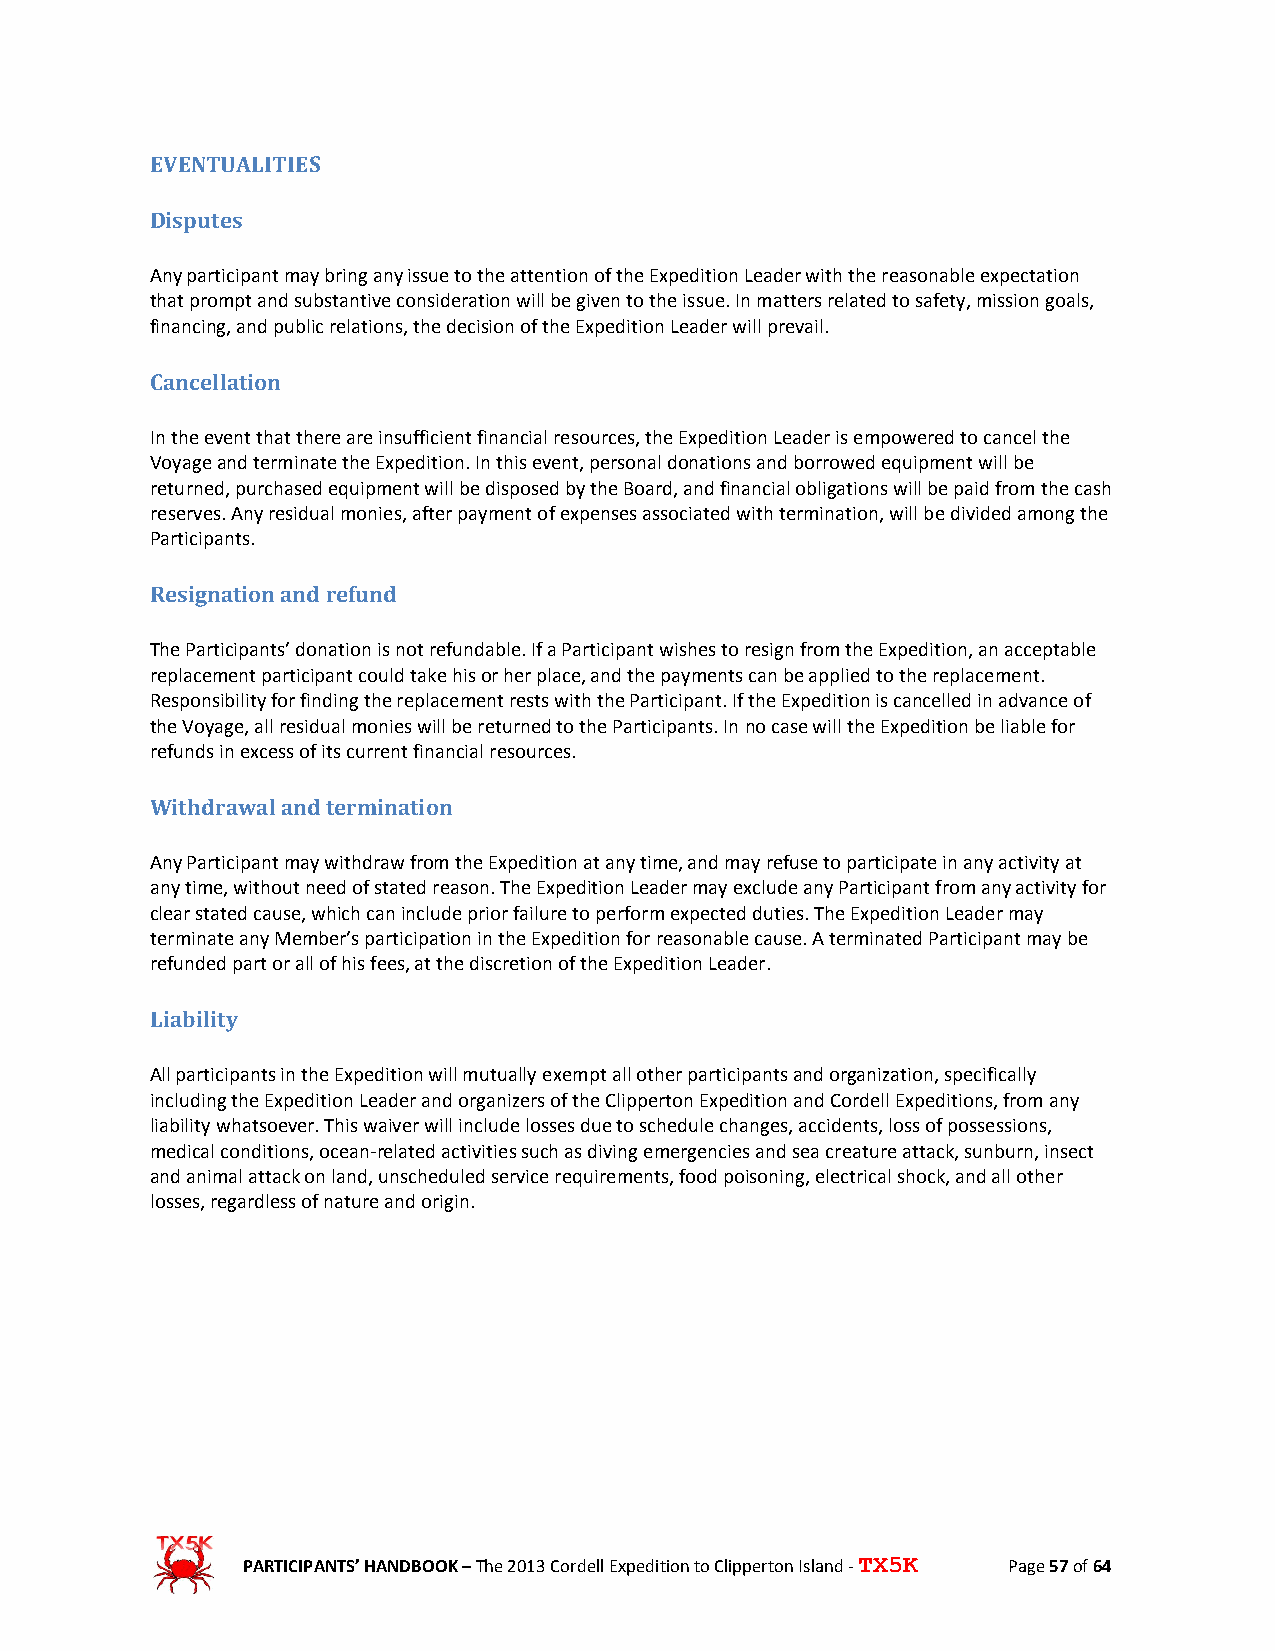
EVENTUALITIES
 Disputes
 Any participant may bring any issue to the attention of the Expedition Leader with the reasonable expectation
 that prompt and substantive consideration will be given to the issue. In matters related to safety, mission goals,
 financing, and public relations, the decision of the Expedition Leader will prevail.
 Cancellation
 In the event that there are insufficient financial resources, the Expedition Leader is empowered to cancel the
 Voyage and terminate the Expedition. In this event, personal donations and borrowed equipment will be
 returned, purchased equipment will be disposed by the Board, and financial obligations will be paid from the cash
 reserves. Any residual monies, after payment of expenses associated with termination, will be divided among the
 Participants.
 Resignation and refund
 The Participants’ donation is not refundable. If a Participant wishes to resign from the Expedition, an acceptable
 replacement participant could take his or her place, and the payments can be applied to the replacement.
 Responsibility for finding the replacement rests with the Participant. If the Expedition is cancelled in advance of
 the Voyage, all residual monies will be returned to the Participants. In no case will the Expedition be liable for
 refunds in excess of its current financial resources.
 Withdrawal and termination
 Any Participant may withdraw from the Expedition at any time, and may refuse to participate in any activity at
 any time, without need of stated reason. The Expedition Leader may exclude any Participant from any activity for
 clear stated cause, which can include prior failure to perform expected duties. The Expedition Leader may
 terminate any Member’s participation in the Expedition for reasonable cause. A terminated Participant may be
 refunded part or all of his fees, at the discretion of the Expedition Leader.
 Liability
 All participants in the Expedition will mutually exempt all other participants and organization, specifically
 including the Expedition Leader and organizers of the Clipperton Expedition and Cordell Expeditions, from any
 liability whatsoever. This waiver will include losses due to schedule changes, accidents, loss of possessions,
 medical conditions, ocean-related activities such as diving emergencies and sea creature attack, sunburn, insect
 and animal attack on land, unscheduled service requirements, food poisoning, electrical shock, and all other
 losses, regardless of nature and origin.
 PARTICIPANTS’ HANDBOOK – The 2013 Cordell Expedition to Clipperton Island - TX5K Page 57 of 64